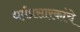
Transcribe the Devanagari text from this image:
धर्मप्रसारकांचे